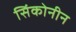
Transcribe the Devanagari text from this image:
सिंकोनीन